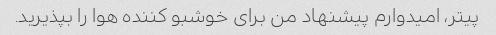
پیتر، امیدوارم پیشنهاد من برای خوشبو کننده هوا را بپذیرید.